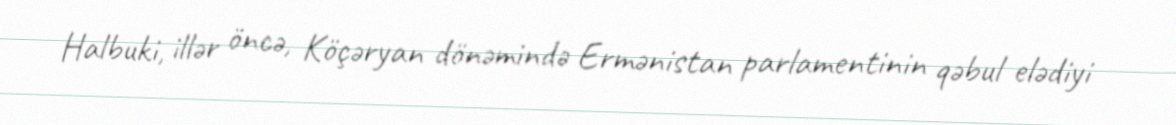
Halbuki, illər öncə, Köçəryan dönəmində Ermənistan parlamentinin qəbul elədiyi